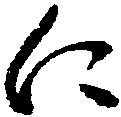
に